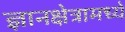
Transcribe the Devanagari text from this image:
ज्ञानक्षेत्रामध्ये